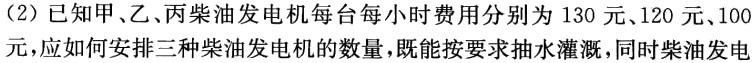
(2) 已知甲、乙、丙柴油发电机每台每小时费用分别为 130 元、120 元、100 元，应如何安排三种柴油发电机的数量，既能按要求抽水灌溉，同时柴 油发电